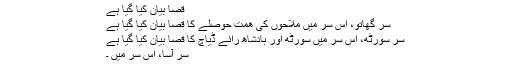
قصا بیان کیا گیا ہے
سر گھاتو، اس سر میں ملاحوں کی ھمت حوصلے کا قصا بیان کیا گیا ہے
سر سورٹھ، اس سر میں سورٹھ اور بادشاھ رائے ڈیاچ کا قصا بیان کیا گیا ہے
سر آسا، اس سر میں ۔